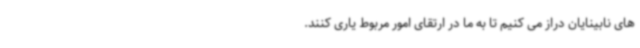
های نابینایان دراز می کنیم تا به ما در ارتقای امور مربوط یاری کنند.